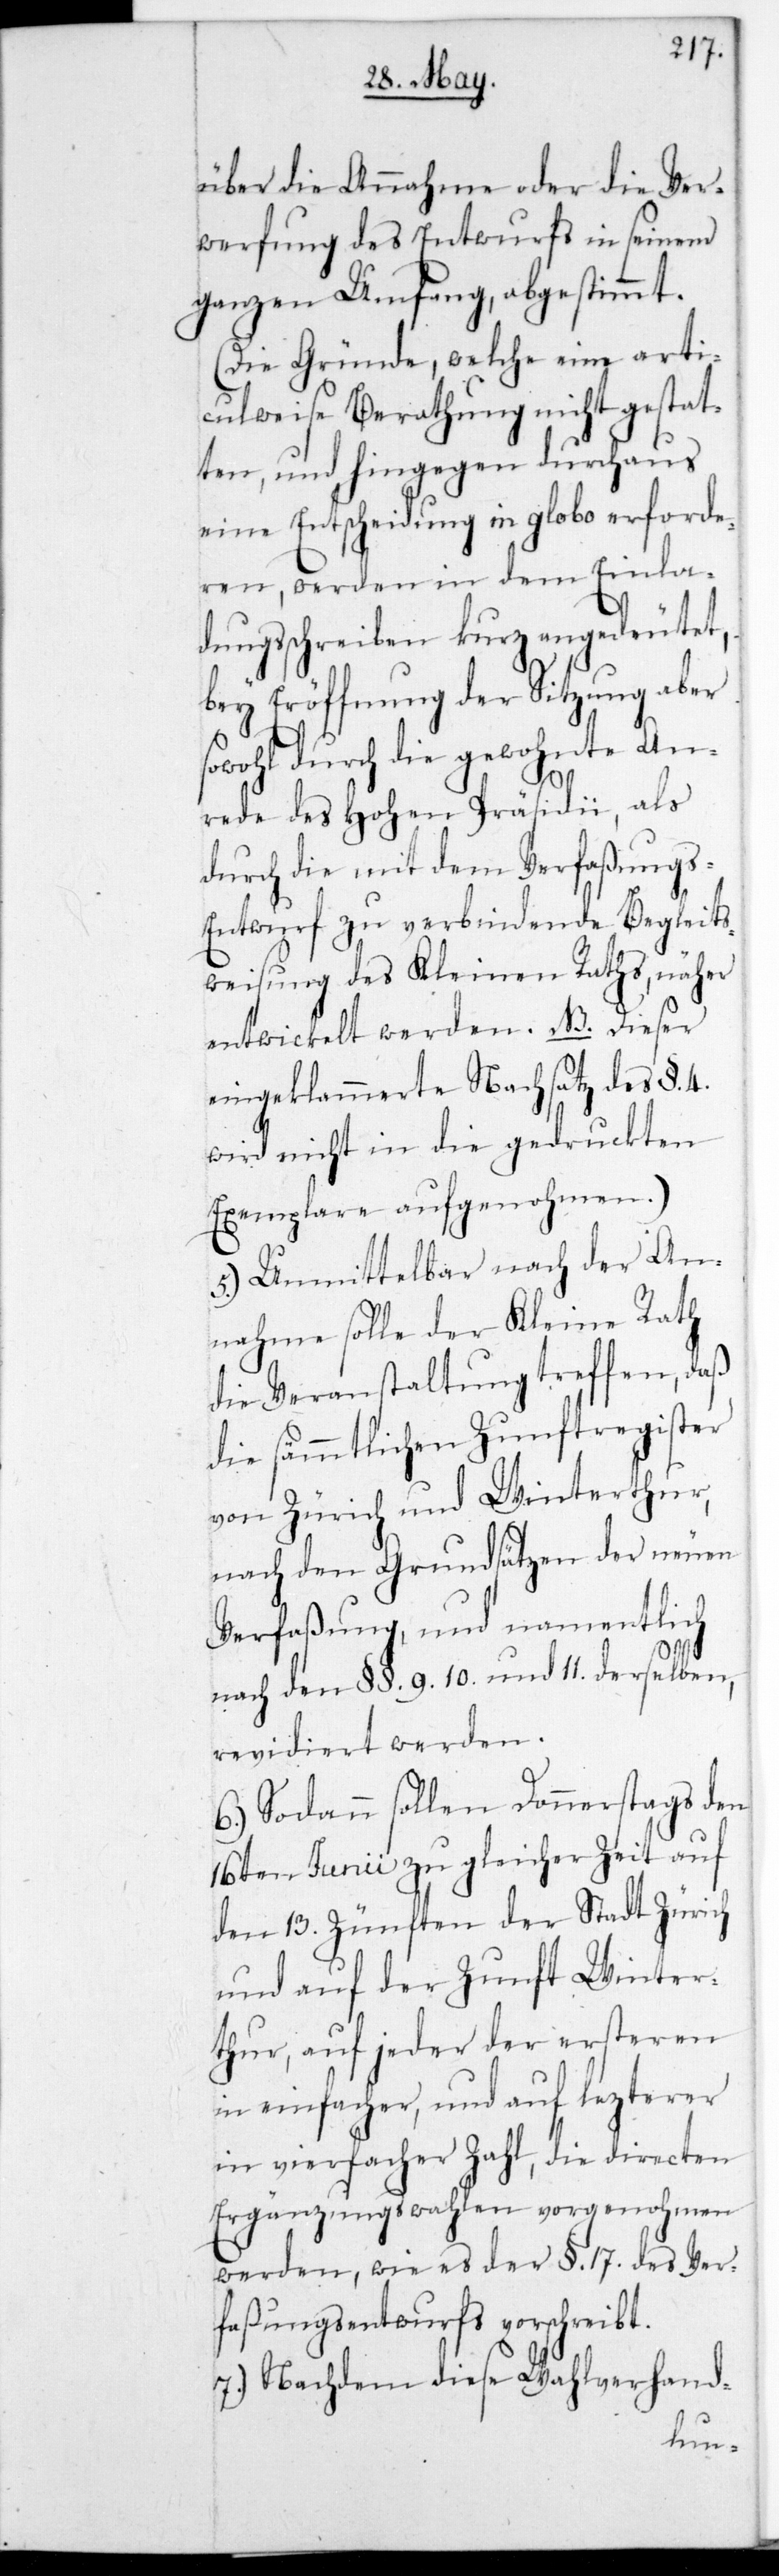
über die Annahme oder die Ver¬
werfung des Entwurfs in seinem
ganzen Umfang, abgestimmt.
(Die Gründe, welche eine arti¬
culweise Berathung nicht gestat¬
ten, und hingegen durchaus
eine Entscheidung in globo erforde¬
ren, werden in dem Einla¬
dungsschreiben kurz angedeutet,
bey Eröffnung der Sitzung aber
wohl durch die gewohnte An¬
rede des Hohen Präsidii, als
durch die mit dem Verfaßung¬
s-Entwurf zu verbindende Begleits¬
weisung des Kleinen Raths, näher
eingeklammerete Nachsatz des §. 4
wird nicht in die gedruckten
Exemplare aufgenohmen).
5.) Unmittelbar nach der An¬
nahme solle der Kleine Rath
die Veranstaltung treffen, daß
die sämmtlichen Zunftregister
von Zürich und Winterthur,
nach den Grundsätzen der neuen
Verfaßung, und namentlich
nach den §§. 9. 10. und 11. derselben,
revidiert werden.
6.) Sodann sollen Donnerstags den
16ten Junii zu gleicher Zeit auf
den 13. Zünften der Stadt Zürich
und auf der Zunft Winter¬
thur, auf jeder der ersteren
in einfacher, und auf letzterer
in vierfacher Zahl, die directen
Ergänzungswahlen vorgenohmen
werden, wie es der §. 17. des Ver¬
faßungsentwurfs vorschreib¬
7.) Nachdem diese Wahlverhand-
t.